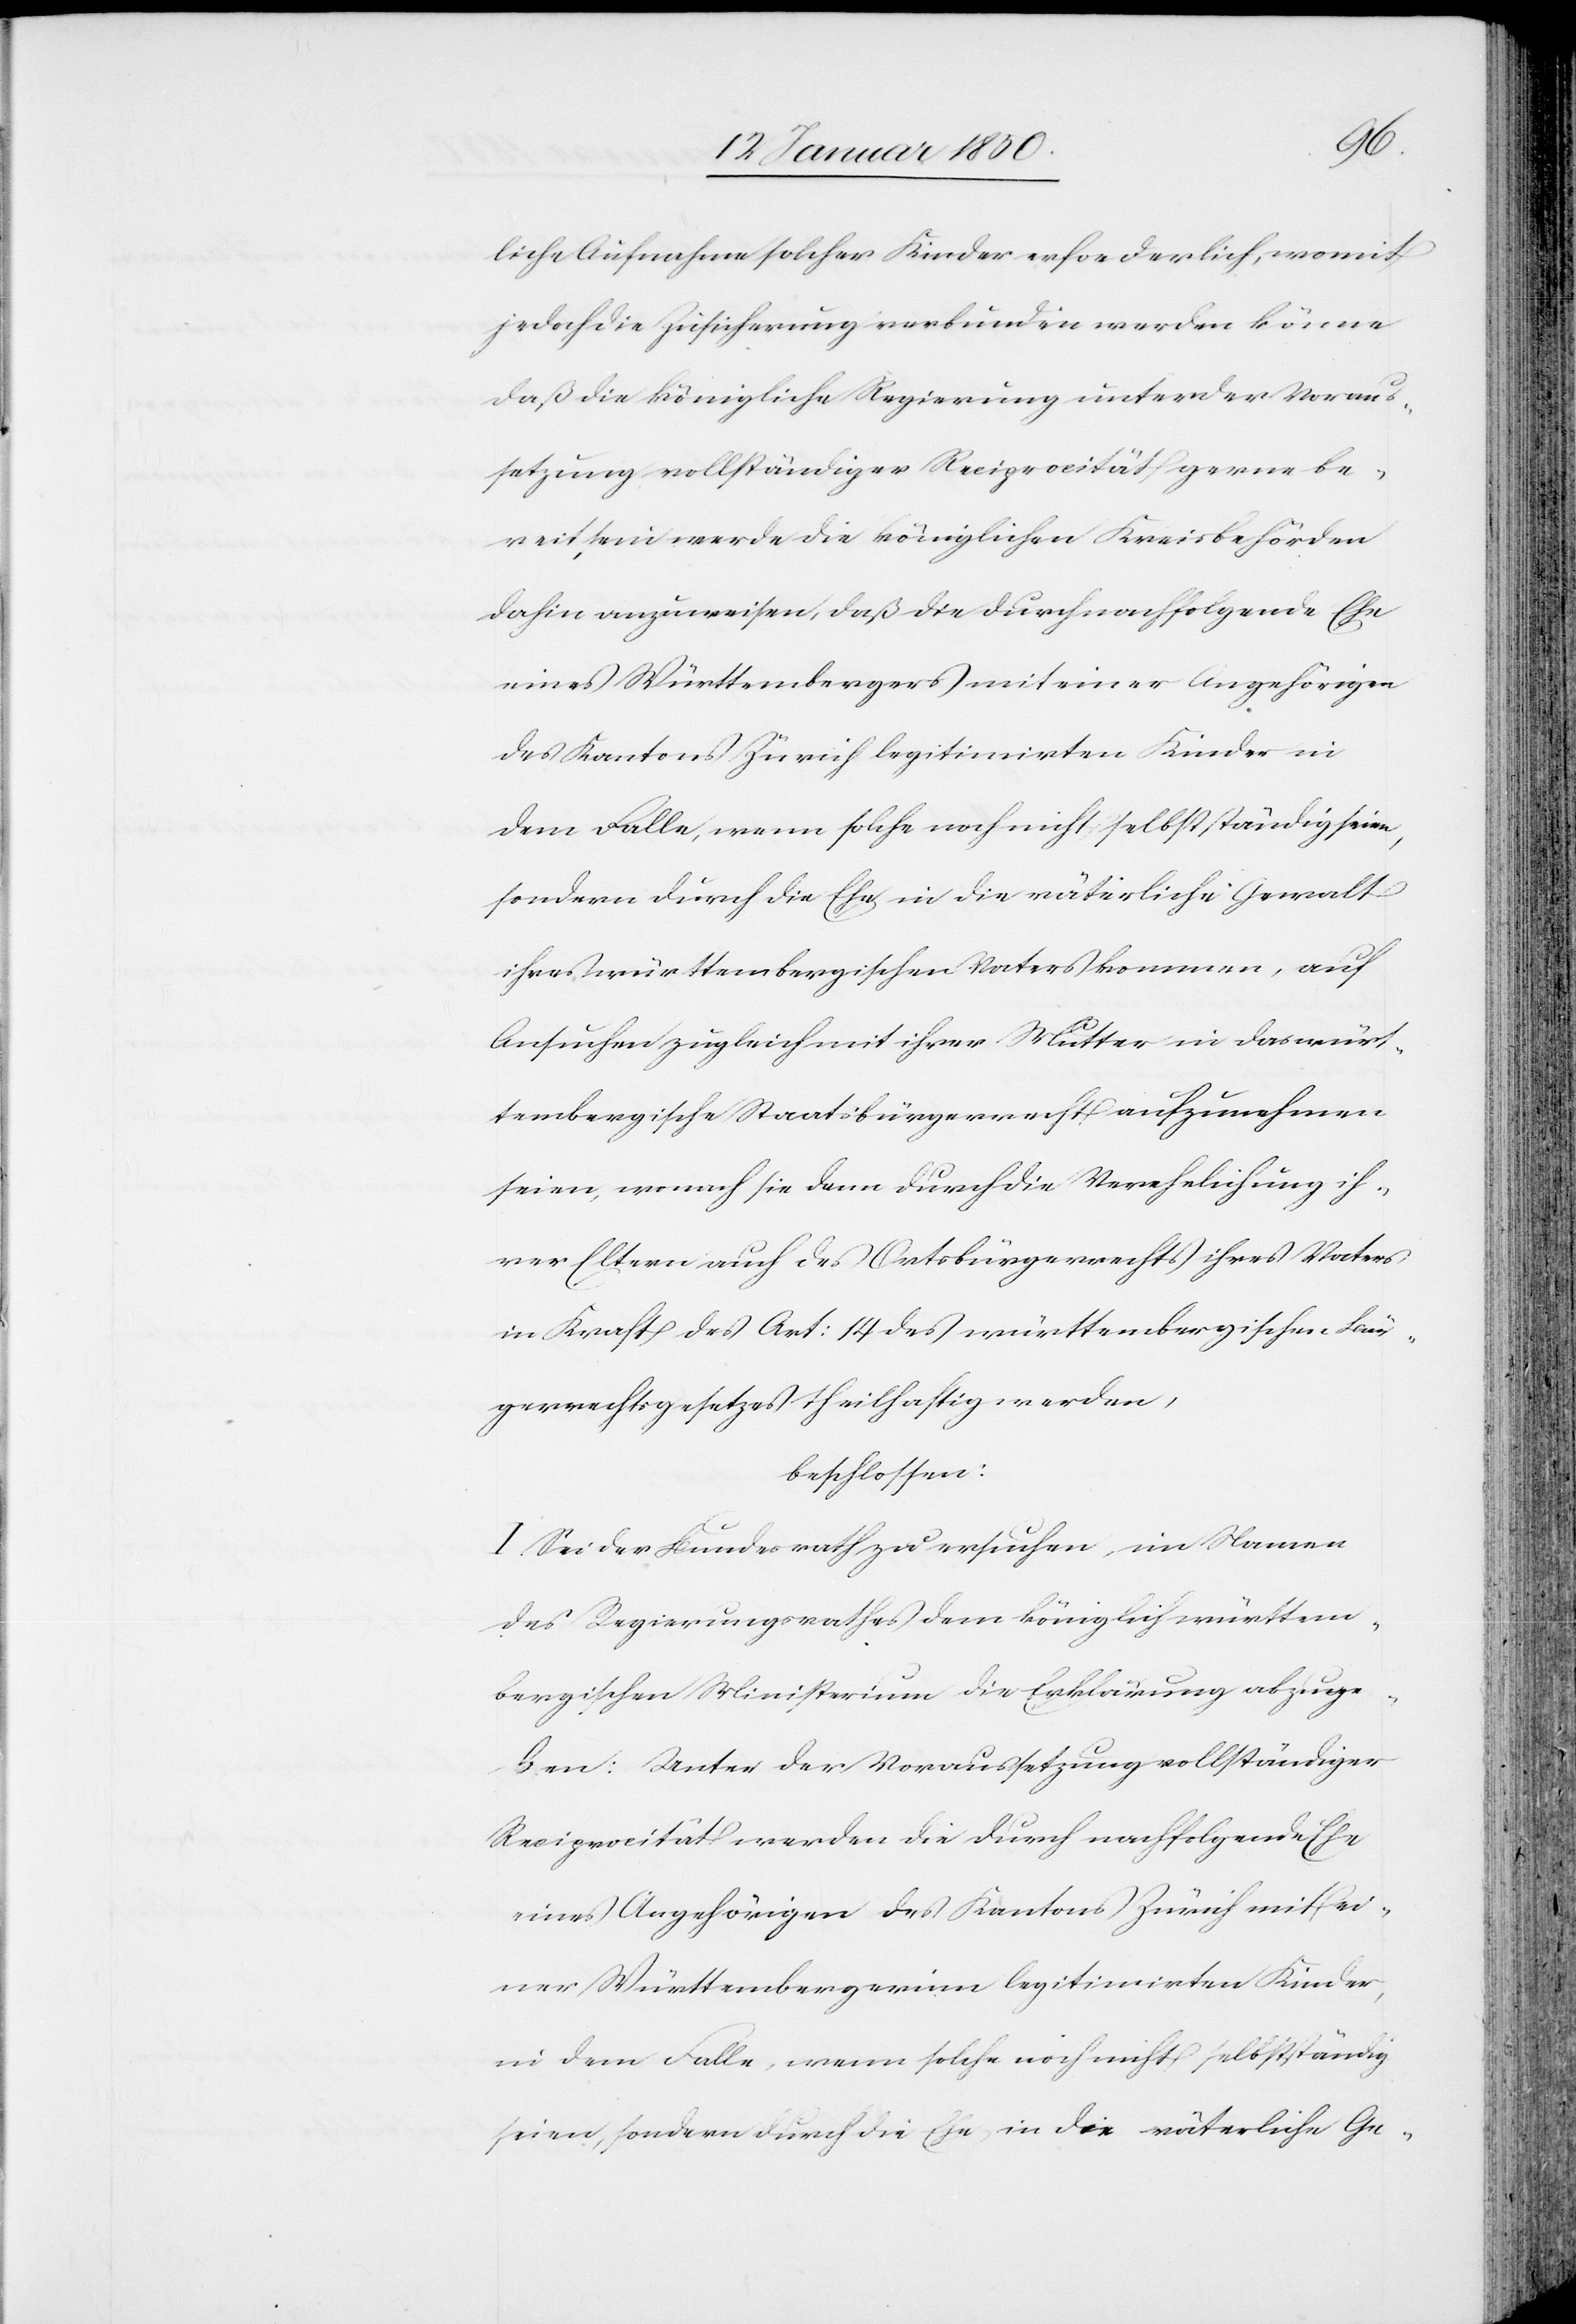
liche Aufnahme solcher Kinder erforderlich, womit
jedoch die Zusicherung verbunden werden könne
daß die königliche Regierung unter der Voraus¬
setzung vollständiger Reciprocität gerne be¬
reit sein werde die königlichen Kreisbehörden
dahin anzuweisen, daß die durch nachfolgende Ehe
eines Württembergers mit einer Angehörigen
des Kantons Zürich legitimirten Kinder in
dem Falle, wenn solche noch nicht selbstständig seien,
sondern durch die Ehe in die väterliche Gewalt
ihres Württembergischen Vaters kommen, auf
Ansuchen zugleich mit ihrer Mutter in das würt¬
tembergische Staatsbürgerrecht aufzunehmen
seien, wonach sie dann durch die Verehelichung ih¬
rer Eltern auch des Ortsbürgerrechts ihres Vaters
in Kraft des Art: 14 des württembergischen Bür¬
gerrechtsgesetzes theilhaftig werden,
beschlossen:
I. Sei der Bundesrath zu ersuchen im Namen
des Regierungsrathes dem königlich württem¬
bergischen Ministerium die Erklärung abzuge¬
ben: Unter der Voraussetzung vollständiger
Reciprocität werden die durch nachfolgende Ehe
eines Angehörigen des Kantons Zürich mit ei¬
ner Württembergerinn legitimirten Kinder,
in dem Falle, wenn solche noch nicht selbstständig
seien, sondern durch die Ehe in die väterliche Ge-